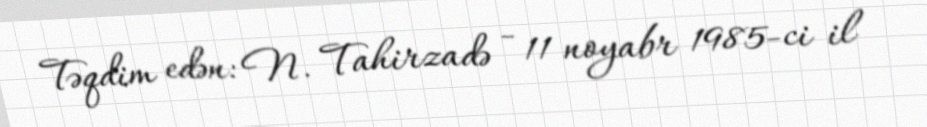
Təqdim edən: N. Tahirzadə - 11 noyabr 1985-ci il